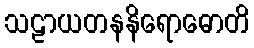
သဠာယတနနိရောဓောတိ